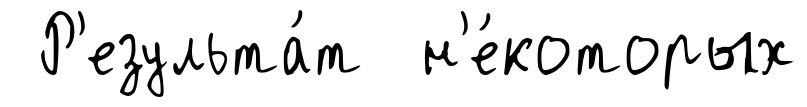
Р'езульта́т н'е́которых